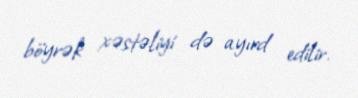
böyrək xəstəliyi də ayırd edilir.